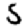
Digit: 5